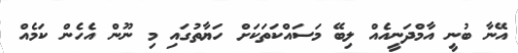
އޭނާ ބުނީ އާމްދަނީއެއް ލިބޭ މަސައްކަތަކަށް ހަޔާތުގައި މި ނޫން އެހެން ކަމެއް